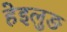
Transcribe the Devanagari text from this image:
हेइलुङ